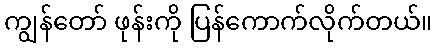
ကျွန်တော် ဖုန်းကို ပြန်ကောက်လိုက်တယ်။